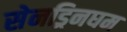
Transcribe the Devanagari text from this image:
सेनड्रिनघम